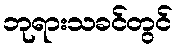
ဘုရားသခင်တွင်